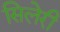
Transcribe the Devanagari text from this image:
सिलेरी